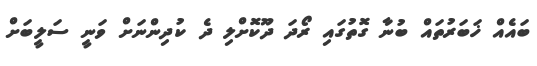
ބައެއް ޚަބަރުތައް ބުނާ ގޮތުގައި ރޯދަ ދޫކޮށްލި ދެ ކުދިންނަށް ވަނީ ސަލީބަށް